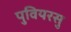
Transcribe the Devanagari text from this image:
पुवियरसु